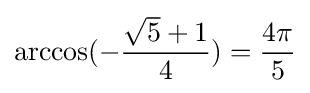
\arccos(-{\frac {{\sqrt {5}}+1}{4}})={\frac {4\pi }{5}}